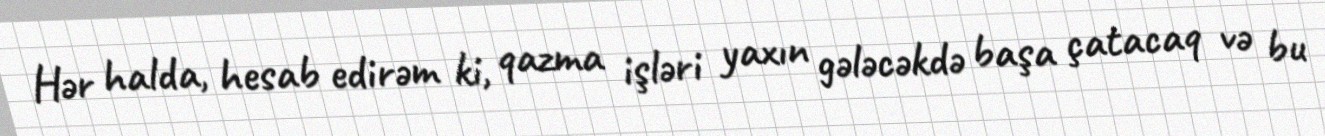
Hər halda, hesab edirəm ki, qazma işləri yaxın gələcəkdə başa çatacaq və bu